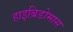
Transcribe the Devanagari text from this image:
हाइब्रिडोमास